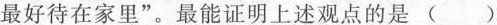
最好待在家里”。最能证明上述观点的是()